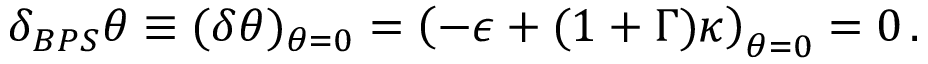
\delta _ { B P S } \theta \equiv ( \delta \theta ) _ { \theta = 0 } = \left( - \epsilon + ( 1 + \Gamma ) \kappa \right) _ { \theta = 0 } = 0 \, .